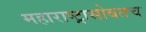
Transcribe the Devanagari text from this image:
महाराष्ट्रासोबतच